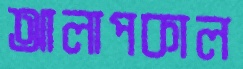
আলাপকাল